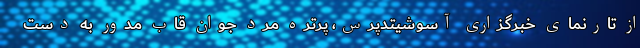
از تارنمای خبرگزاری آسوشیتدپرس، پرتره مرد جوانِ قابِ مدور به دست